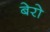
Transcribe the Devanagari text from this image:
बेरो